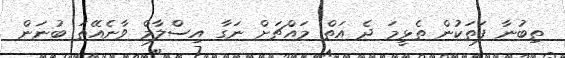
ތިބުނާ ފަތަކުން ތެޅީމަ ދެ އަތް މައްޗަށް ނަގާ އިސްލާމް ވާނެއޭތަ ބުނަން